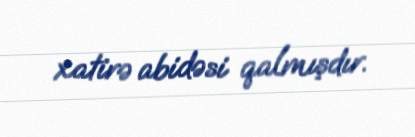
xatirə abidəsi qalmışdır.